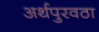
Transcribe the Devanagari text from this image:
अर्थपुरवठा